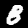
Label: 8